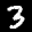
Label: 3